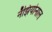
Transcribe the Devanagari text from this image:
नॅझियोनाल